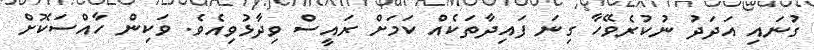
ގުނައި އަދަދު ނުކުރެވޭހާ ގިނަ ފައިދާތަކެއް ކަމަށް ރައީސް ވިދާޅުވިއެވެ. ވަކިން ހާއްސަކޮށް